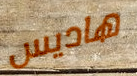
هاديس